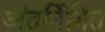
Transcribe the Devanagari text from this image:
अंतर्निमित